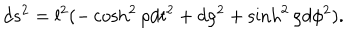
d s ^ { 2 } = l ^ { 2 } ( - \cosh ^ { 2 } \rho d t ^ { 2 } + d \rho ^ { 2 } + \sinh ^ { 2 } \rho d \phi ^ { 2 } ) .